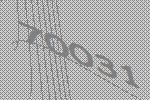
70031